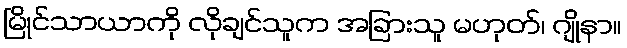
မြိုင်သာယာကို လိုချင်သူက အခြားသူ မဟုတ်၊ ဂျိုနာ။